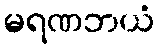
မရဏဘယံ